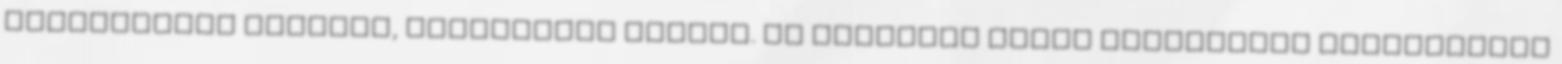
szociológia alapjai, Pedagógiai alapok. Az elméleti részt gyakorlati megfigyelés